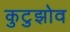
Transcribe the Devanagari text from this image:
कुटुझोव